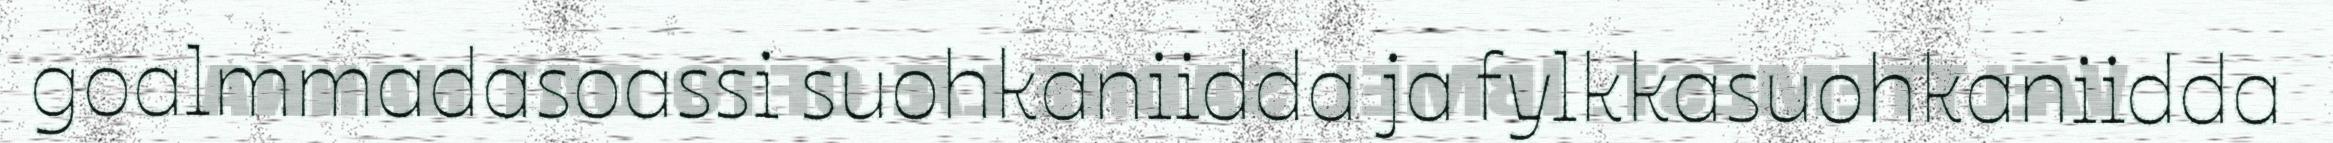
goalmmadasoassi suohkaniidda ja fylkkasuohkaniidda